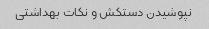
نپوشیدن دستکش و نکات بهداشتی